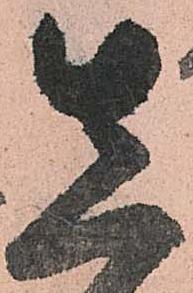
先